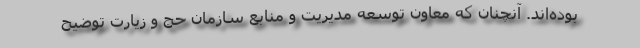
بوده‌اند. آنچنان که معاون توسعه مدیریت و منابع سازمان حج و زیارت توضیح